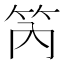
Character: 笍